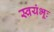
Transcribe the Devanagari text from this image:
स्वयंभूः